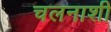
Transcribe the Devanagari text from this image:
चलनाशी